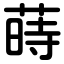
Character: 蒔